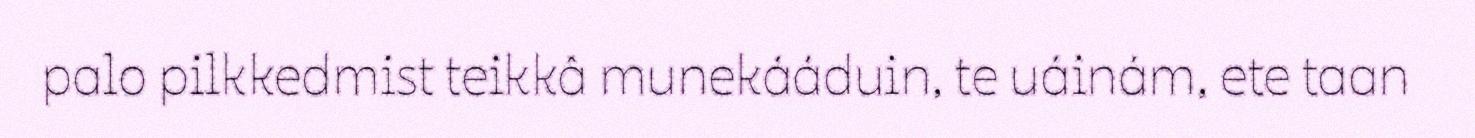
palo pilkkedmist teikkâ munekááduin, te uáinám, ete taan